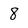
Character: 8